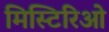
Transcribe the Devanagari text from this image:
मिस्टिरिओ